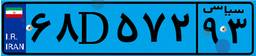
۷۴D۹۴۹۰۱